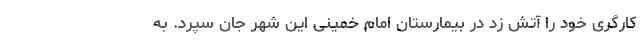
کارگری خود را آتش زد در بیمارستان امام خمینی این شهر جان سپرد. به